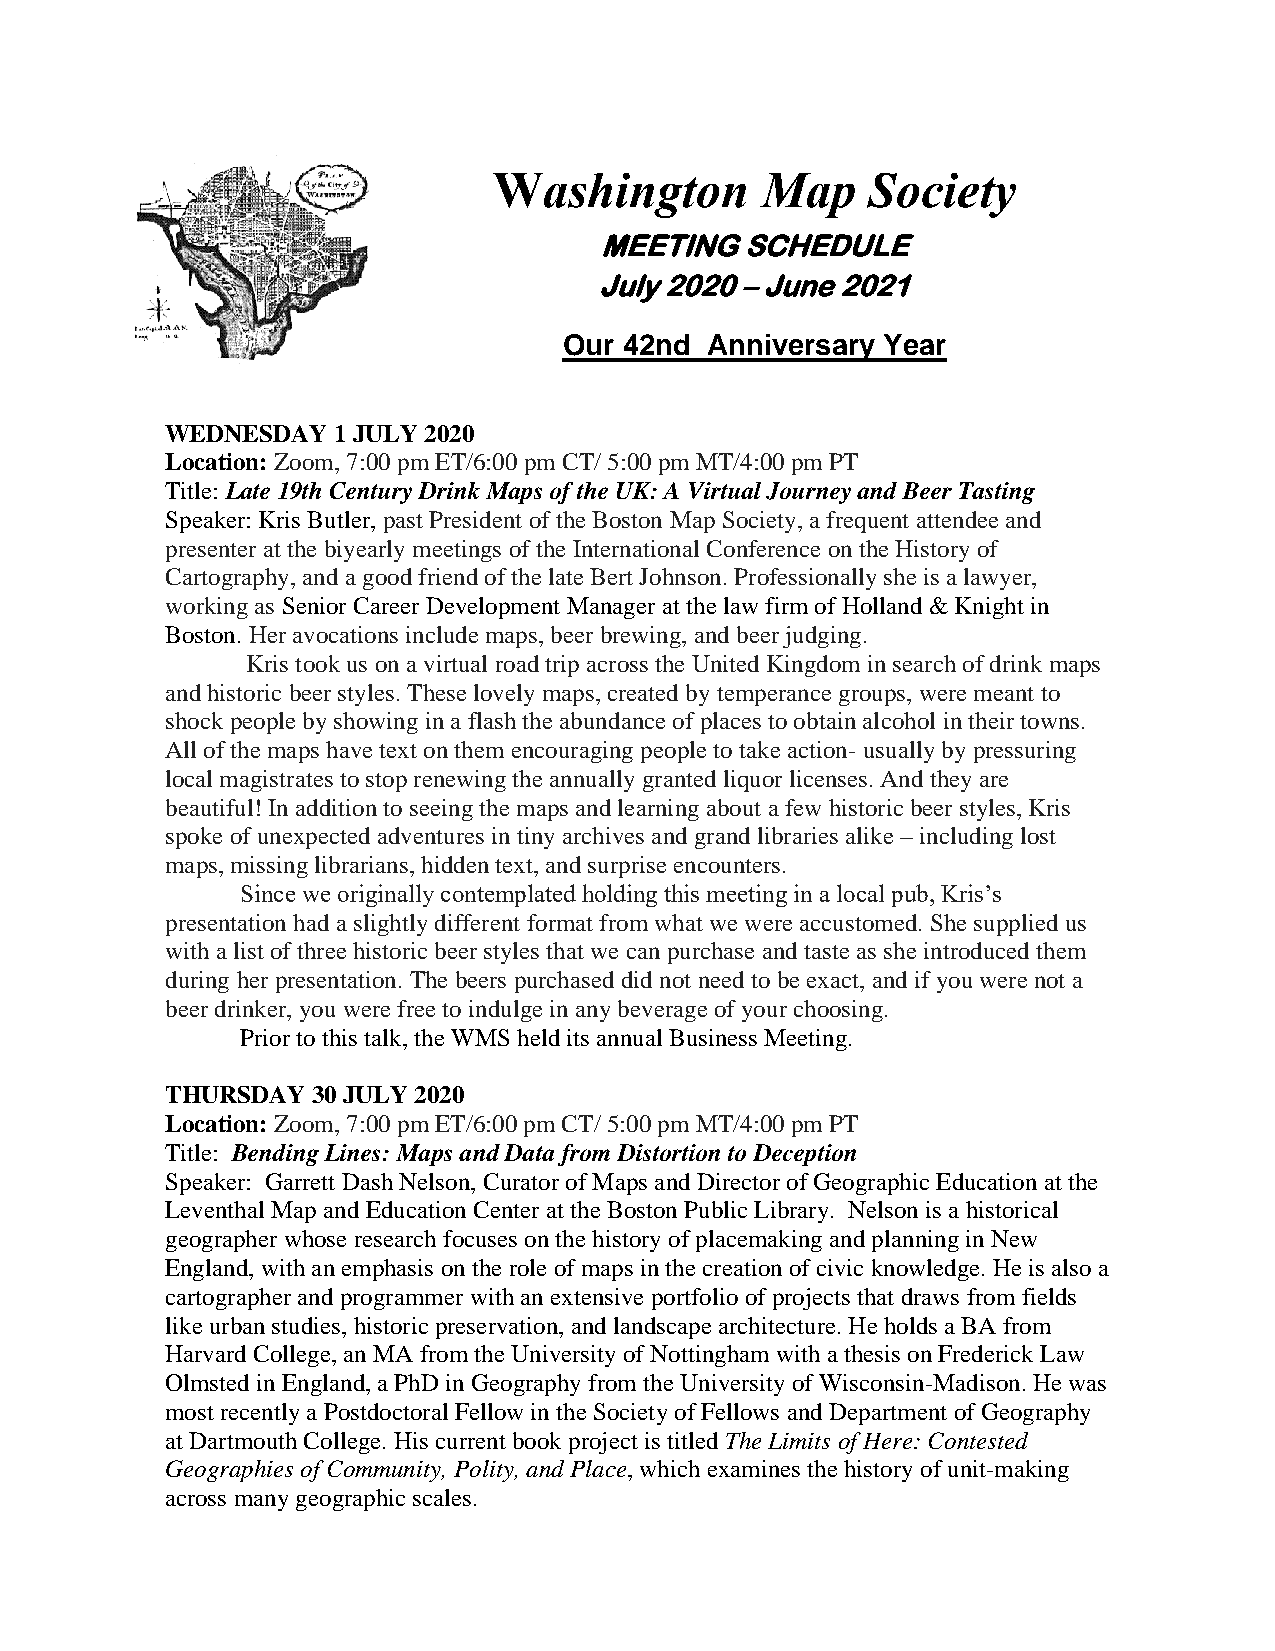
Washington       Map     Society
 MEETING  SCHEDULE
 July 2020 – June 2021
 Our 42nd  Anniversary Year
 WEDNESDAY  1 JULY 2020
 Location: Zoom, 7:00 pm ET/6:00 pm CT/ 5:00 pm MT/4:00 pm PT
 Title: Late 19th Century Drink Maps of the UK: A Virtual Journey and Beer Tasting
 Speaker: Kris Butler, past President of the Boston Map Society, a frequent attendee and
 presenter at the biyearly meetings of the International Conference on the History of
 Cartography, and a good friend of the late Bert Johnson. Professionally she is a lawyer,
 working as Senior Career Development Manager at the law firm of Holland & Knight in
 Boston. Her avocations include maps, beer brewing, and beer judging.
 Kris took us on a virtual road trip across the United Kingdom in search of drink maps
 and historic beer styles. These lovely maps, created by temperance groups, were meant to
 shock people by showing in a flash the abundance of places to obtain alcohol in their towns.
 All of the maps have text on them encouraging people to take action- usually by pressuring
 local magistrates to stop renewing the annually granted liquor licenses. And they are
 beautiful! In addition to seeing the maps and learning about a few historic beer styles, Kris
 spoke of unexpected adventures in tiny archives and grand libraries alike – including lost
 maps, missing librarians, hidden text, and surprise encounters.
 Since we originally contemplated holding this meeting in a local pub, Kris’s
 presentation had a slightly different format from what we were accustomed. She supplied us
 with a list of three historic beer styles that we can purchase and taste as she introduced them
 during her presentation. The beers purchased did not need to be exact, and if you were not a
 beer drinker, you were free to indulge in any beverage of your choosing.
 Prior to this talk, the WMS held its annual Business Meeting.
 THURSDAY  30 JULY 2020
 Location: Zoom, 7:00 pm ET/6:00 pm CT/ 5:00 pm MT/4:00 pm PT
 Title: Bending Lines: Maps and Data from Distortion to Deception
 Speaker: Garrett Dash Nelson, Curator of Maps and Director of Geographic Education at the
 Leventhal Map and Education Center at the Boston Public Library. Nelson is a historical
 geographer whose research focuses on the history of placemaking and planning in New
 England, with an emphasis on the role of maps in the creation of civic knowledge. He is also a
 cartographer and programmer with an extensive portfolio of projects that draws from fields
 like urban studies, historic preservation, and landscape architecture. He holds a BA from
 Harvard College, an MA from the University of Nottingham with a thesis on Frederick Law
 Olmsted in England, a PhD in Geography from the University of Wisconsin-Madison. He was
 most recently a Postdoctoral Fellow in the Society of Fellows and Department of Geography
 at Dartmouth College. His current book project is titled The Limits of Here: Contested
 Geographies of Community, Polity, and Place, which examines the history of unit-making
 across many geographic scales.